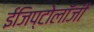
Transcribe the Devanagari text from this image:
ईजिप्टोलॉजी